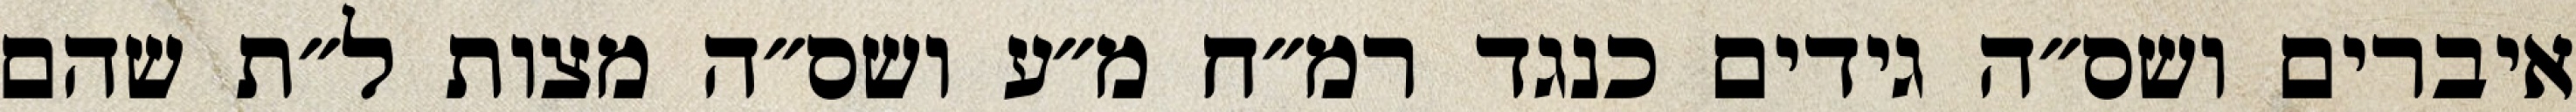
איברים ושס״ה גידים כנגד רמ״ח מ״ע ושס״ה מצות ל״ת שהם